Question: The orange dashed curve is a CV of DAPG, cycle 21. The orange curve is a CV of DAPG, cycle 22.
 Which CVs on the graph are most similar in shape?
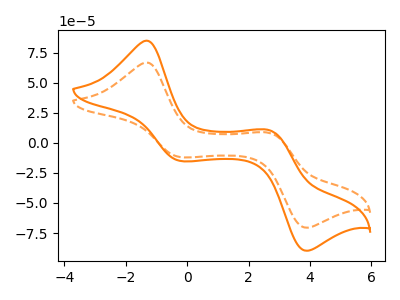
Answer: <think>The orange dashed curve "DAPG, cycle 21" has anodic peaks at (-1.35V, 66.80uA) (2.70V, 8.25uA) and cathodic peaks at (-0.20V, -11.85uA) (3.90V, -70.55uA). The orange curve "DAPG, cycle 22" has anodic peaks at (-1.35V, 84.95uA) (2.70V, 10.45uA) and cathodic peaks at (-0.20V, -15.05uA) (3.90V, -89.75uA).
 All the peaks in "DAPG, cycle 21" have a peak in "DAPG, cycle 22" at the same potential. Every peak in "DAPG, cycle 21" is lower than every peak in "DAPG, cycle 22".</think>
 <answer>"DAPG, cycle 22" and "DAPG, cycle 21" have the same shape and are likely CV's of the same chemical.</answer>
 <eval>"DAPG, cycle 22" "DAPG, cycle 21"</eval>